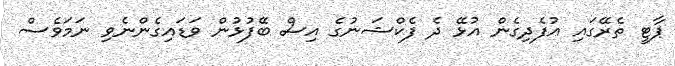
ޕާޓީ ތެރޭގައި އުފެދިގެން އުޅޭ ދެ ފެކްޝަނުގެ އިސް ބޭފުޅުން ވަޑައިގެންނެވި ނަމަވެސް